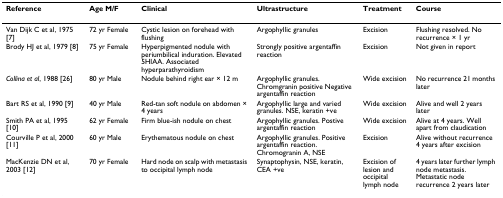
| Reference | Age M/F | Clinical | Ultrastructure | Treatment | Course |
 | --- | --- | --- | --- | --- | --- |
 | Van Dijk C et al, 1975 [7] | 72 yr Female | Cystic lesion on forehead with flushing | Argophyllic granules | Excision | Flushing resolved. No recurrence × 1 yr |
 | Brody HJ et al, 1979 [8] | 75 yr Female | Hyperpigmented nodule with periumbilical induration. Elevated 5HIAA. Associated hyperparathyroidism | Strongly positive argentaffin reaction | Excision | Not given in report |
 | Collina et al, 1988 [26] | 80 yr Male | Nodule behind right ear × 12 m | Argophyllic granules. Chromgranin positive Negative argentaffin reaction | Wide excision | No recurrence 21 months later |
 | Bart RS et al, 1990 [9] | 40 yr Male | Red-tan soft nodule on abdomen × 4 years | Argophyllic large and varied granules. NSE, keratin +ve | Wide excision | Alive and well 2 years later |
 | Smith PA et al, 1995 [10] | 62 yr Female | Firm blue-ish nodule on chest | Argophyllic granules. Postive argentaffin reaction | Wide excision | Alive at 4 years. Well apart from claudication |
 | Courville P et al, 2000 [11] | 60 yr Male | Erythematous nodule on chest | Argophyllic granules. Positive argentaffin reaction. Chromogranin A, NSE | Excision | Alive without recurrence 4 years after excision |
 | MacKenzie DN et al, 2003 [12] | 70 yr Female | Hard node on scalp with metastasis to occipital lymph node | Synaptophysin, NSE, keratin, CEA +ve | Excision of lesion and occipital lymph node | 4 years later further lymph node metastasis. Metastatic node recurrence 2 years later |